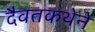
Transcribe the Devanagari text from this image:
दैवतकथेने